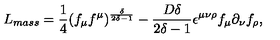
L _ { m a s s } = \frac { 1 } { 4 } ( f _ { \mu } f ^ { \mu } ) ^ { \frac { \delta } { 2 \delta - 1 } } - \frac { D \delta } { 2 \delta - 1 } \epsilon ^ { \mu \nu \rho } f _ { \mu } \partial _ { \nu } f _ { \rho } ,